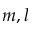
m , l